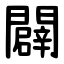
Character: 闢